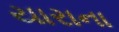
યારાના